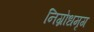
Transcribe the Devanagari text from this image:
निग्रोधमृग